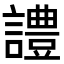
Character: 𧬹